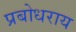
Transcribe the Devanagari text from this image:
प्रबोधराय